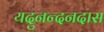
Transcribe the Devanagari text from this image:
यदुनन्दनदास